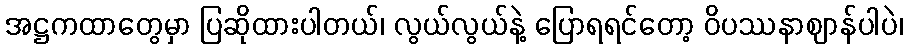
အဋ္ဌကထာတွေမှာ ပြဆိုထားပါတယ်၊ လွယ်လွယ်နဲ့ ပြောရရင်တော့ ဝိပဿနာဈာန်ပါပဲ၊